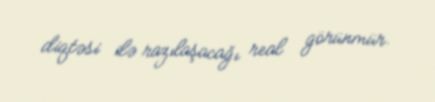
diqtəsi ilə razılaşacağı real görünmür.